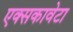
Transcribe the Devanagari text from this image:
एक्सकावेटा